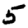
Digit: 5